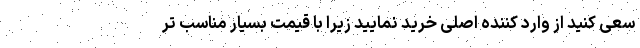
سعی کنید از وارد کننده اصلی خرید نمایید زیرا با قیمت بسیار مناسب تر